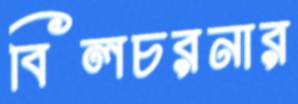
বিলচরনার